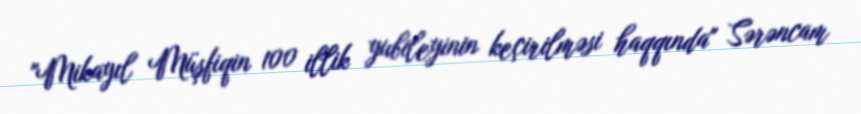
"Mikayıl Müşfiqin 100 illik yubileyinin keçirilməsi haqqında" Sərəncam